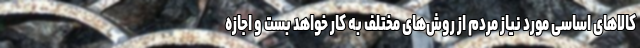
کالاهای اساسی مورد نیاز مردم از روش‌های مختلف به کار خواهد بست و اجازه